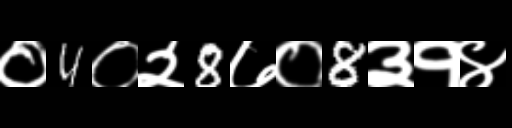
Text: ०4०२8७०8३१४